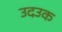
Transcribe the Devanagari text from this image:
उदउक